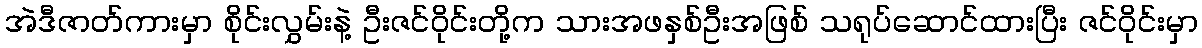
အဲဒီဇာတ်ကားမှာ စိုင်းလွှမ်းနဲ့ ဦးဇင်ဝိုင်းတို့က သားအဖနှစ်ဦးအဖြစ် သရုပ်ဆောင်ထားပြီး ဇင်ဝိုင်းမှာ